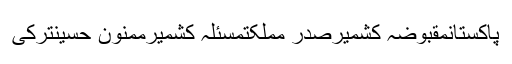
پاکستانمقبوضہ کشمیرصدر مملکتمسئلہ کشمیرممنون حسینترکی